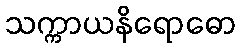
သက္ကာယနိရောဓော